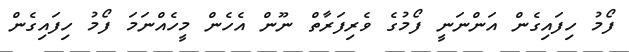
ފޯމު ހިފައިގެން އަންނަނީ ފޯމުގެ ވެރިފަރާތް ނޫން އެހެން މީހެއްނަމަ ފޯމު ހިފައިގެން